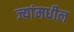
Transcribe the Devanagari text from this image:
ज्यांमधील